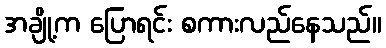
အချို့က ပြောရင်း စကားလည်နေသည်။